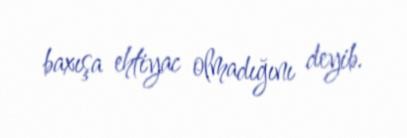
baxışa ehtiyac olmadığını deyib.